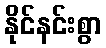
နိုင်နင်းစွာ